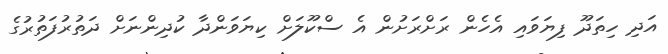
އަދި ހިތަދޫ ފިޔަވައި އެހެން ރަށްރަށުން އެ ސްކޫލަށް ކިޔަވަންދާ ކުދިންނަށް ދަތުރުފަތުރުގެ